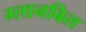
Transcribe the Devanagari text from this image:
ग्लानबिल